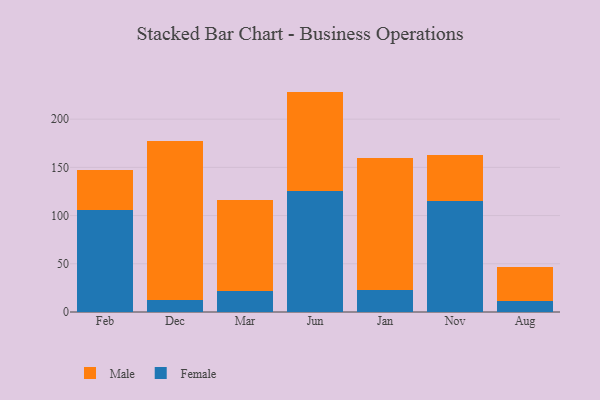
{"axis": {"x": "Month", "y": "Budget (USD K)"}, "legend": ["Female", "Male"], "data": [{"x": "Feb", "y": 105.7, "type": "Female"}, {"x": "Feb", "y": 41.8, "type": "Male"}, {"x": "Dec", "y": 12.3, "type": "Female"}, {"x": "Dec", "y": 165.4, "type": "Male"}, {"x": "Mar", "y": 22.3, "type": "Female"}, {"x": "Mar", "y": 93.4, "type": "Male"}, {"x": "Jun", "y": 125.5, "type": "Female"}, {"x": "Jun", "y": 103.1, "type": "Male"}, {"x": "Jan", "y": 23.3, "type": "Female"}, {"x": "Jan", "y": 136.1, "type": "Male"}, {"x": "Nov", "y": 115.3, "type": "Female"}, {"x": "Nov", "y": 47.1, "type": "Male"}, {"x": "Aug", "y": 11.9, "type": "Female"}, {"x": "Aug", "y": 34.4, "type": "Male"}]}